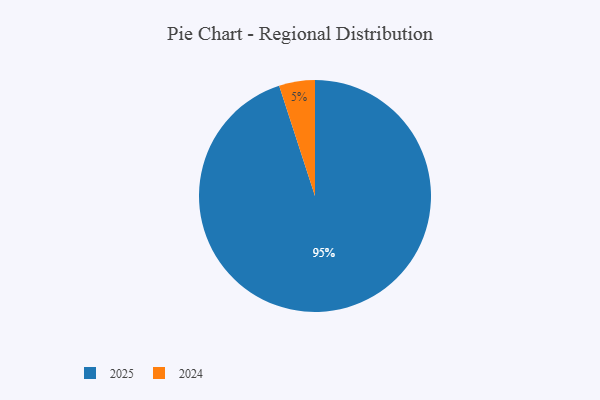
{"axis": {"x": "Category", "y": "Percentage"}, "legend": ["2024", "2025"], "data": [{"x": "2025", "y": 95, "type": "2025"}, {"x": "2024", "y": 5, "type": "2024"}]}